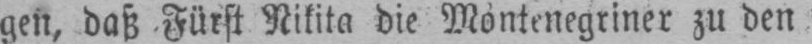
daß Fürst Nikita die Montenegriner zu den